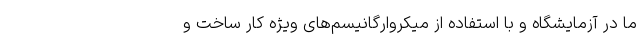
ما در آزمایشگاه و با استفاده از میکروارگانیسم‌های ویژه کار ساخت و